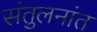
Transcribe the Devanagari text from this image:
संतुलनांत